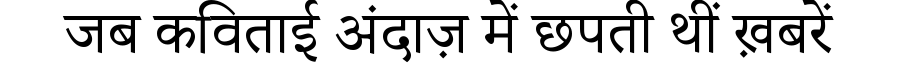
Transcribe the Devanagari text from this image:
जब कविताई अंदाज़ में छपती थीं ख़बरें